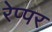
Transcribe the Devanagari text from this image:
रेप्पर